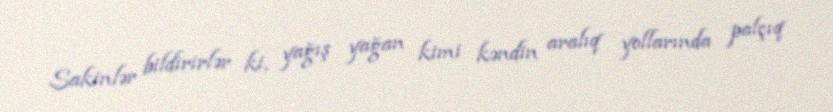
Sakinlər bildirirlər ki, yağış yağan kimi kəndin aralıq yollarında palçıq